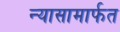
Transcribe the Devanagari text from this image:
न्यासामार्फत